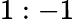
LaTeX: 1:-1